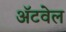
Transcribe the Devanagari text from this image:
अॅटवेल